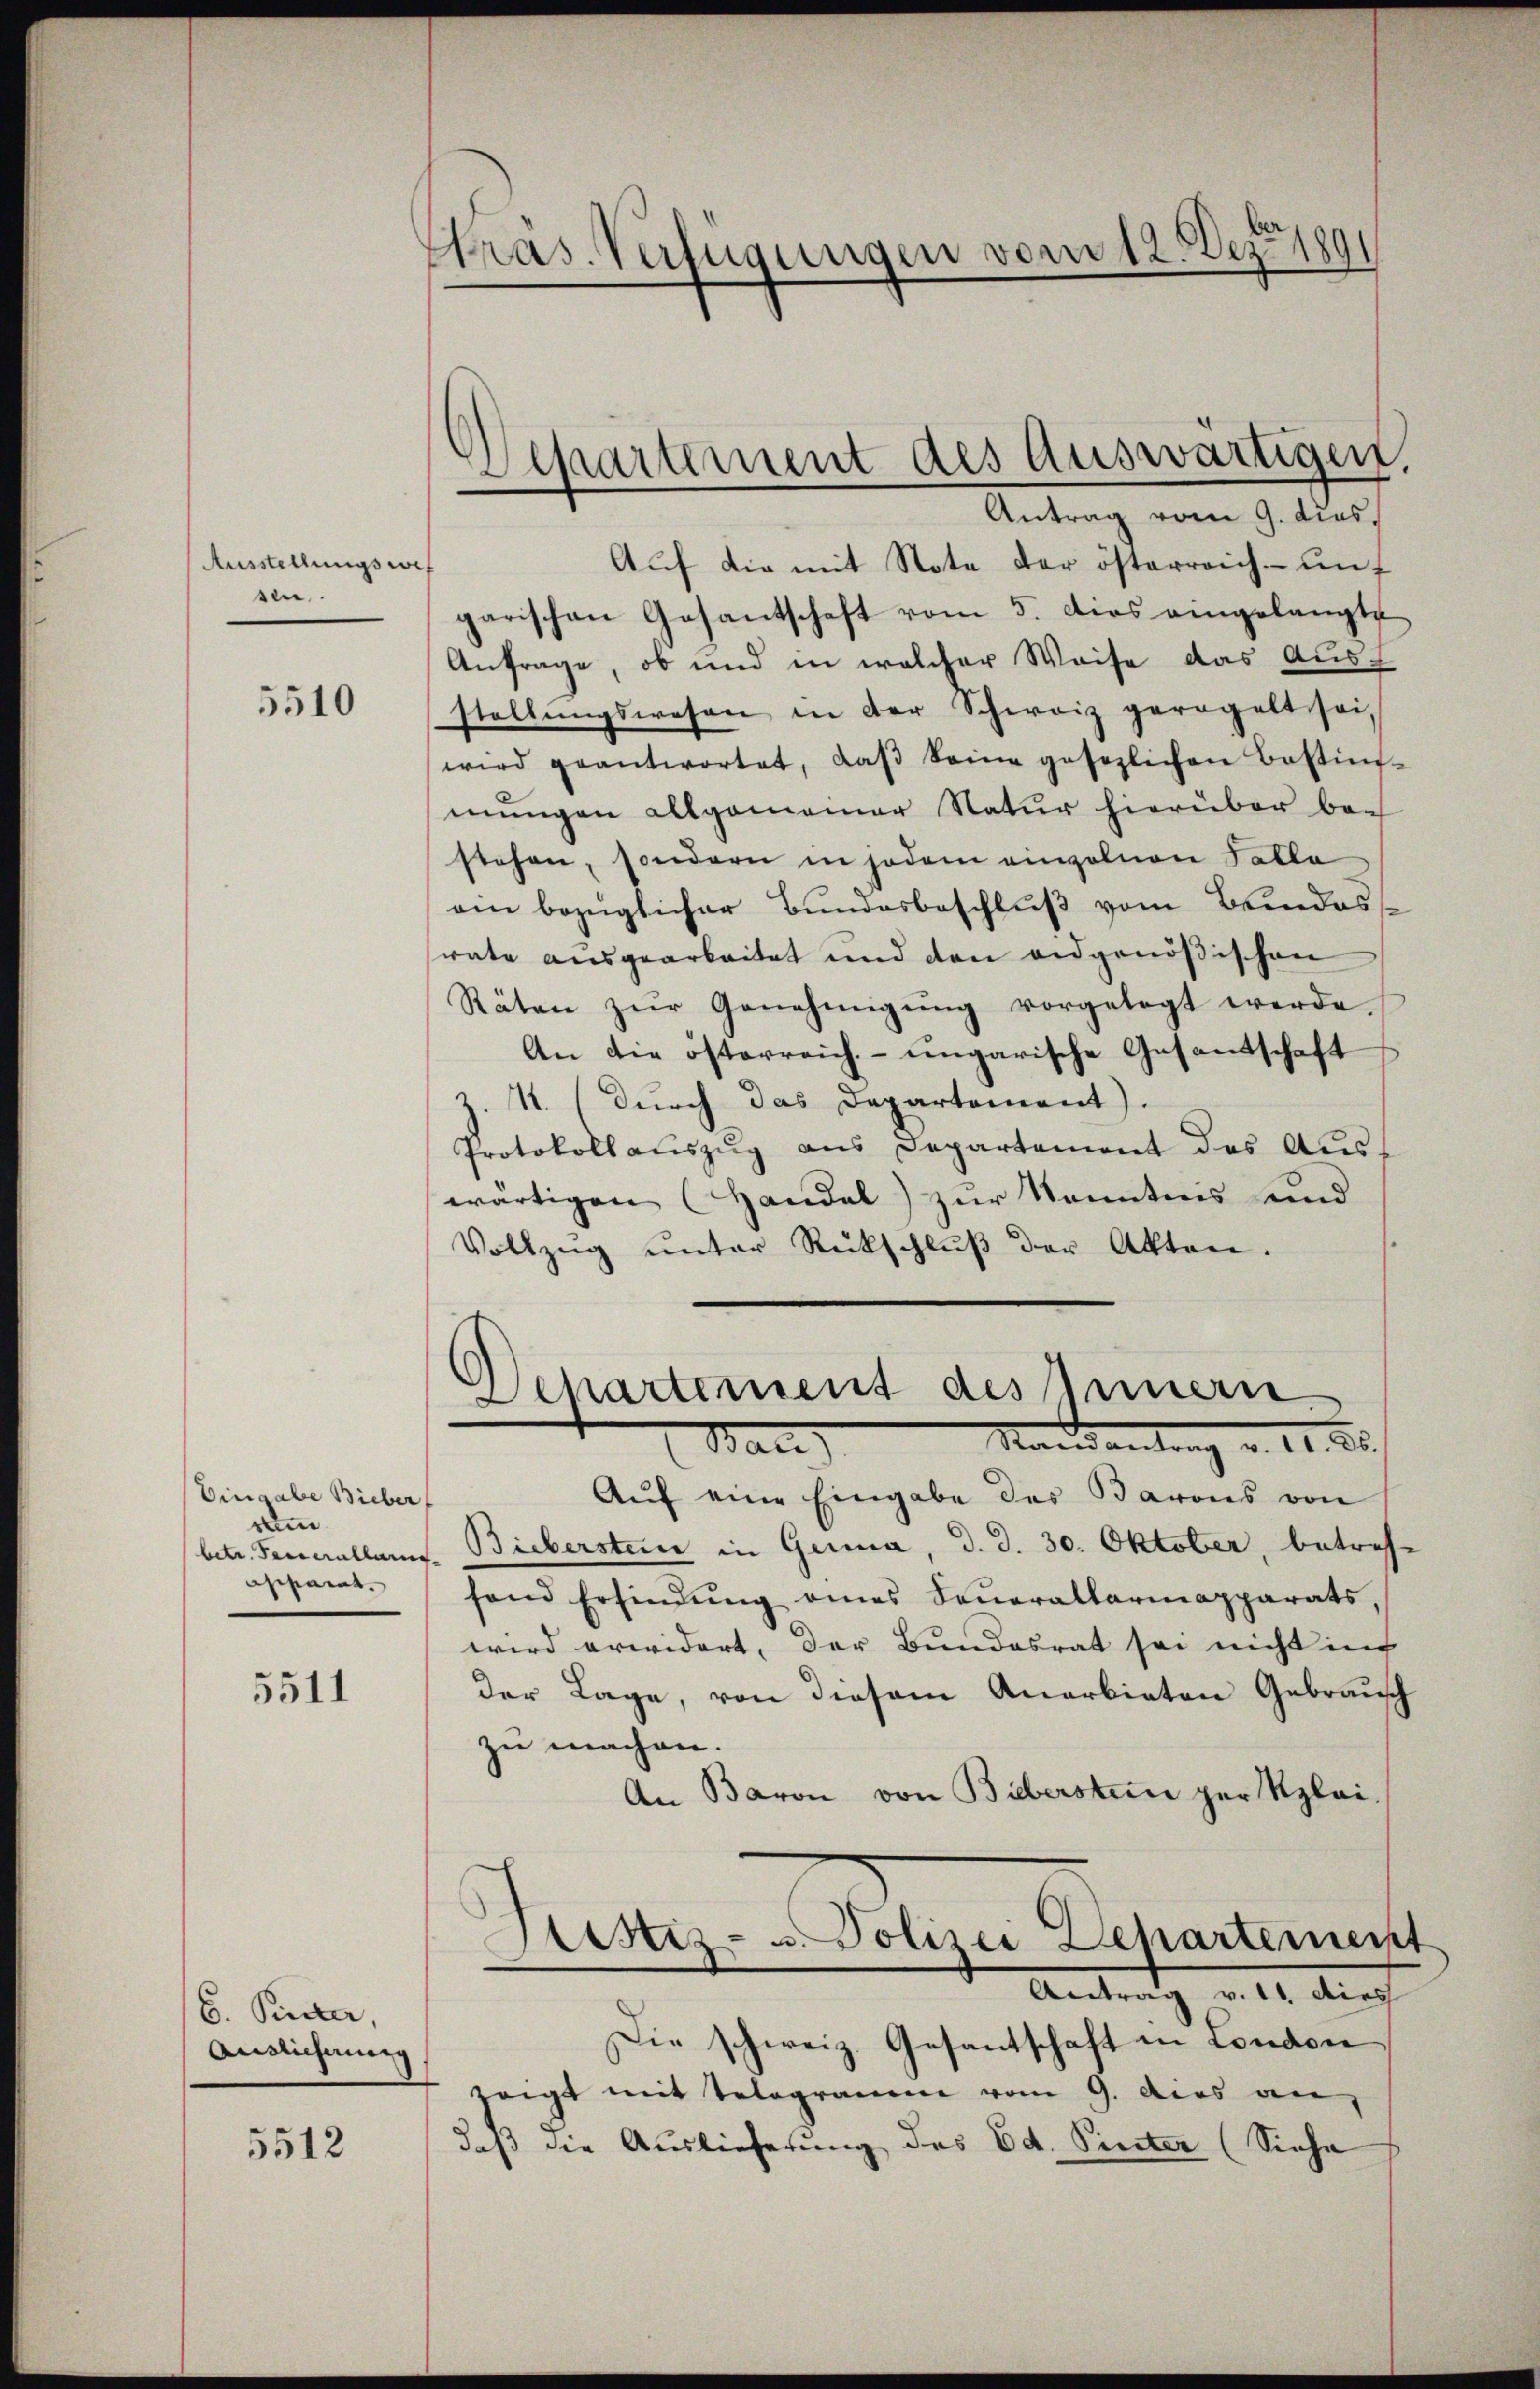
Ausstellungsref
sen.

5510

Eingabe Bieber
rum.
asparat

5511

6. Peter,
Auslicherung

5512

Präs. Verfügungen vom 12. Dez. 189

Separtement des Auswärtigen,
Antrag vom 9. dies

Auf die mit Note der österreich - auf
garischen Gosantschaft vom 5. dies eingelangte
Anfrage, ob und in welcher Weise das Ausstellungswesen in der Schweiz geregelt sei,
wird geantwortet, daβ seine gesezlichen Bestim-
mungen allgemeiner Natur hierüber bei
stehen, sondern in jedem einzelnen Falle
ein bezüglicher Bundesbeschluß vom Blindoss
rate ausgearbeitet und den eidgenößischen
Räten zŭr Genehmigŭng vorgelegt werde.
An die österreich- ungarische Gesantschaft
Z. 4. (durch das Departement).
Protokollauszug aus Departement des Aus-
wärtigen (Handel) zur Kenntnis und
Vollzŭg ŭnter Rückschlŭβ der Akten.
Senartement des Innern.
Mandantrag v. 11. 20.
Bati
Aŭf eine Eingabe des Barons von
betr. Generallen. Bieberstein in Gera, d. d. 30. Oktober betref-
fand Erfindŭng eines Senerallariapparats,
wird erwidert, der Bundesrat sei nicht in
der Lage, von diesem Anerbieten Gebrauch
zu machen.
An Baron von Biberstein per Klai
Sistiz- u. Polizei Departement
Antrag v. 11. dies
Die schweiz. Gesantschaft in London
zeigt mit Telegramme vom 9. dies an,
daß die Auslieferung des Ed. Pinter (Siehe